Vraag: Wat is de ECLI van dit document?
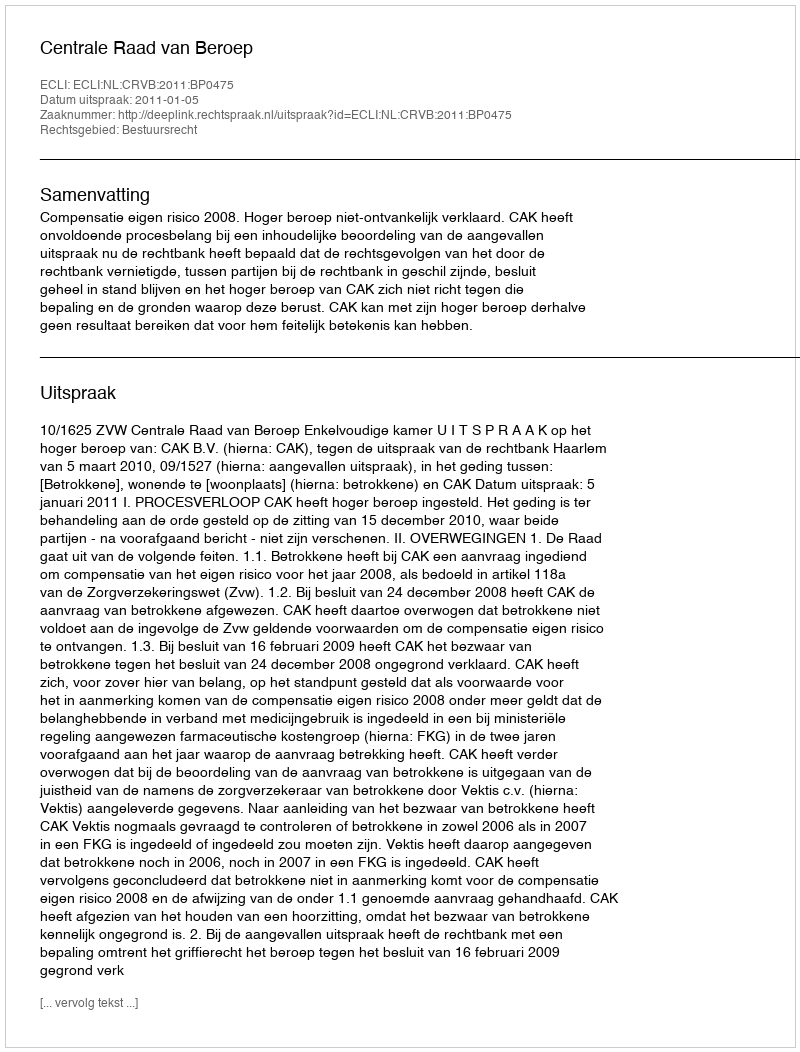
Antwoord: ECLI:NL:CRVB:2011:BP0475